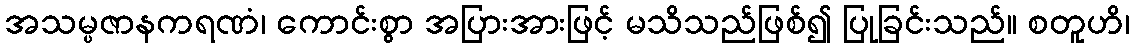
အသမ္ပဇာနကရဏံ၊ ကောင်းစွာ အပြားအားဖြင့် မသိသည်ဖြစ်၍ ပြုခြင်းသည်။ စတူဟိ၊